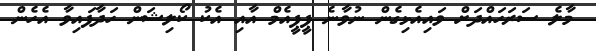
މާލެ ސަރަހައްދަށް ވައިއެޅިގެން ނުވާނެ ޕީޕީއެމް އާއި އެކު ކޯލިޝަން ހަދާފައިވާ އެހެން